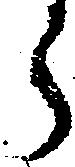
郎